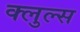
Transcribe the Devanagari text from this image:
क्लुल्स